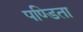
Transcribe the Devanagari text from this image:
पण्डिता